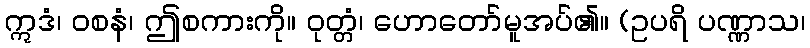
ဣဒံ၊ ဝစနံ၊ ဤစကားကို။ ဝုတ္တံ၊ ဟောတော်မူအပ်၏။ (ဥပရိ ပဏ္ဏာသ၊